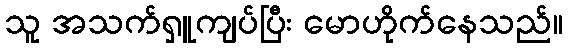
သူ အသက်ရှူကျပ်ပြီး မောဟိုက်နေသည်။